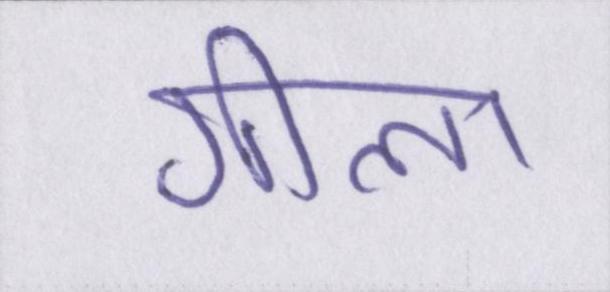
गीला